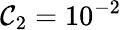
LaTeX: \mathcal{C}_{2}=10^{-2}